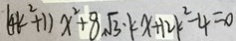
( 4 k ^ { 2 } + 1 ) x ^ { 2 } + 8 \sqrt { 3 } \cdot k x + 1 2 k ^ { 2 } - 4 = 0